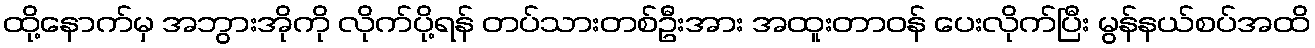
ထို့နောက်မှ အဘွားအိုကို လိုက်ပို့ရန် တပ်သားတစ်ဦးအား အထူးတာဝန် ပေးလိုက်ပြီး မွန်နယ်စပ်အထိ